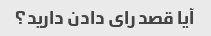
آیا قصد رای دادن دارید؟